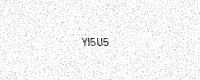
Text: YI5U5